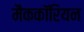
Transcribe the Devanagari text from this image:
मैककॉरियन